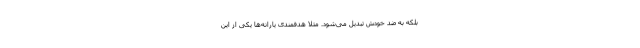
بلکه به ضد خودش تبدیل می‌شود. مثلاً هدفمندی یارانه‌ها یکی از این